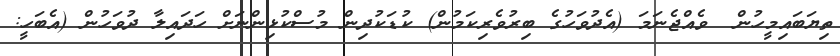
ތިޔަބައިމީހުން  ވެއްޖެނަމަ (އެދުވަހުގެ ބިރުވެރިކަމުން) ކުޑަކުދިން މުސްކުޅިންނަށް ހަދައިލާ ދުވަހުން (އެބަހީ: